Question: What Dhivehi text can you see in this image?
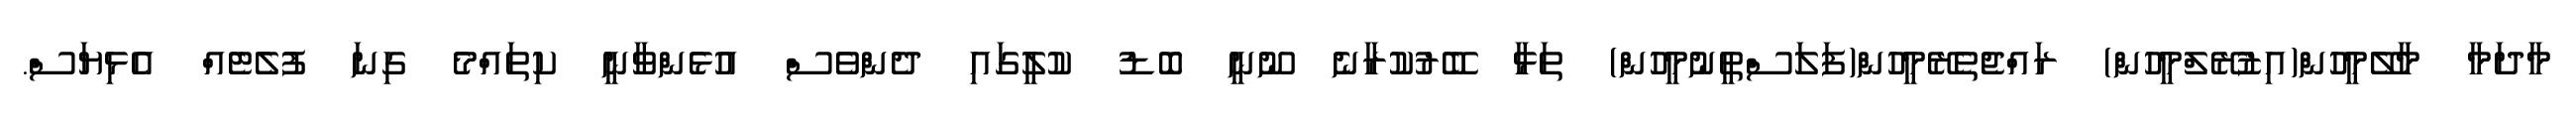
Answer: މާދަމާ މާލޭމީހުން(އިޒުރޭލްމީހުން) ރައްޖެތެރޭމީހުން(ފަލަސްތީނުމީހުން) ތަޅާ ބޭރުކުރާނެ ނޫނީ ބޮޑު ކުލީގައި ދެންވެސް އުޅެންވާނީ ކިތައްމެ ގިނަ ފުލެޓެއް އެޅިޔަސް.